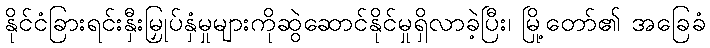
နိုင်ငံခြားရင်းနှီးမြှုပ်နှံမှုများကိုဆွဲဆောင်နိုင်မှုရှိလာခဲ့ပြီး၊ မြို့တော်၏ အခြေခံ